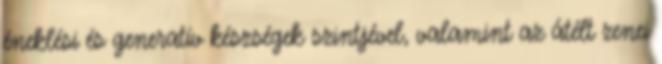
éneklési és generatív készségek szintjével, valamint az átélt zenei